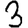
Digit: 3